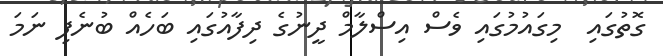
ގޮތުގައި  މިގައުމުގައި ވެސް އިސްލާމް ދީނުގެ ދިފާއުގައި ބަހެއް ބުނެފި ނަމަ